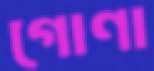
গোণা